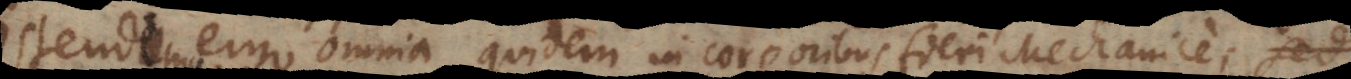
us ergo omnia quidem in corporibus fieri Mechanice,